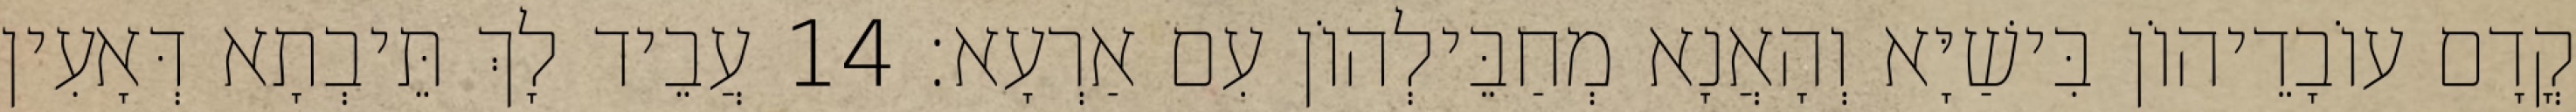
קֳדָם עוֹבָדֵיהוֹן בִּישַׁיָּא וְהָאֲנָא מְחַבֵּילְהוֹן עִם אַרְעָא׃ 14 עֲבֵיד לָךְ תֵּיבְתָא דְּאָעִין